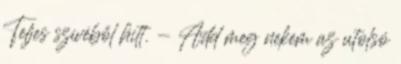
Teljes szívéből hitt. - Add meg nekem az utolsó